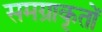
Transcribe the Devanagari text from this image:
समग्राकृतों